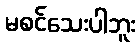
မစင်သေးပါဘူး